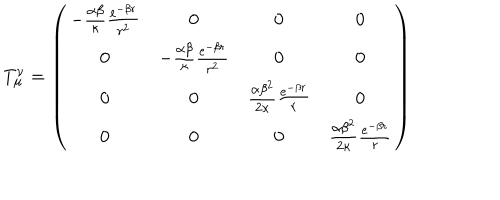
T _ { \mu } ^ { \nu } = \left( \begin{array} { c c c c } { { - \frac { \alpha \beta } { \kappa } \frac { e ^ { - \beta r } } { r ^ { 2 } } } } & { { 0 } } & { { 0 } } & { { 0 } } \\ { { 0 } } & { { - \frac { \alpha \beta } { \kappa } \frac { e ^ { - \beta r } } { r ^ { 2 } } } } & { { 0 } } & { { 0 } } \\ { { 0 } } & { { 0 } } & { { \frac { \alpha \beta ^ { 2 } } { 2 \kappa } \frac { e ^ { - \beta r } } { r } } } & { { 0 } } \\ { { 0 } } & { { 0 } } & { { 0 } } & { { \frac { \alpha \beta ^ { 2 } } { 2 \kappa } \frac { e ^ { - \beta r } } { r } } } \\ \end{array} \right)